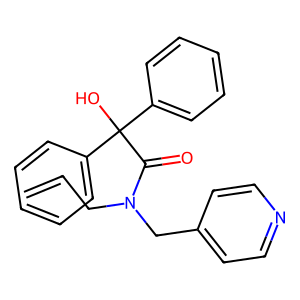
SMILES: C=CCN(Cc1ccncc1)C(=O)C(O)(c1ccccc1)c1ccccc1
Inhibits HIV replication: No